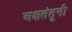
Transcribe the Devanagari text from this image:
अक्षतंतूनी